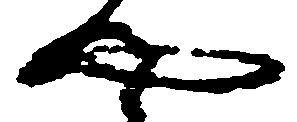
や